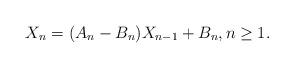
LaTeX: \begin{align*}X_n = (A_n-B_n) X_{n-1} + B_n, n \ge 1.\end{align*}